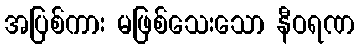
အပြစ်ကား မဖြစ်သေးသော နီဝရဏ